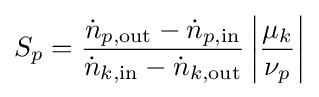
S_{p}={\frac {{\dot {n}}_{p,{\text{out}}}-{\dot {n}}_{p,{\text{in}}}}{{\dot {n}}_{k,{\text{in}}}-{\dot {n}}_{k,{\text{out}}}}}\left|{\frac {\mu _{k}}{\nu _{p}}}\right|